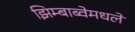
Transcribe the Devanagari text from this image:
झिम्बाब्वेमधले